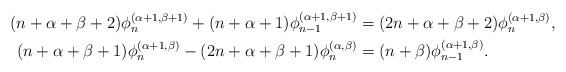
\begin{align*} (n+\alpha+\beta+2)\phi_n^{(\alpha+1,\beta+1)}+(n+\alpha+1)\phi_{n-1}^{(\alpha+1,\beta+1)} &=(2n+\alpha+\beta+2) \phi_{n}^{(\alpha+1,\beta)} ,\\ (n+\alpha+\beta+1)\phi_{n}^{(\alpha+1,\beta)}-(2n+\alpha+\beta+1) \phi_{n}^{(\alpha,\beta)} &=(n+\beta)\phi_{n-1}^{(\alpha+1,\beta)} . \end{align*}